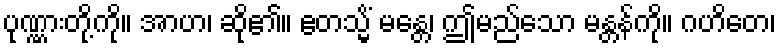
ပုဏ္ဏားတို့ကို။ အာဟ၊ ဆို၏။ ဧတသ္မိံ မန္တေ၊ ဤမည်သော မန္တန်ကို။ ဂဟိတေ၊